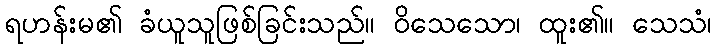
ရဟန်းမ၏ ခံယူသူဖြစ်ခြင်းသည်။ ဝိသေသော၊ ထူး၏။ သေသံ၊